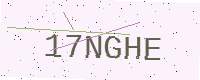
Text: 17NGHE